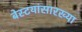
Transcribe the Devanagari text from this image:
बेस्टयांसारख्या